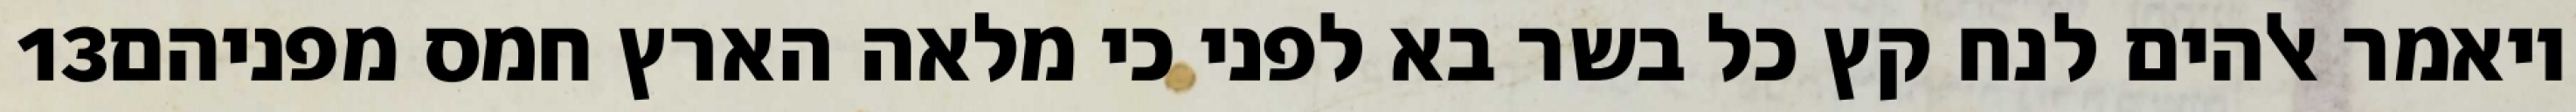
‎13‏ ויאמר אלהים לנח קץ כל בשר בא לפני כי מלאה הארץ חמס מפניהם